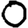
Digit: 0